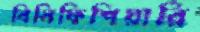
বিনিফিশিয়ারি